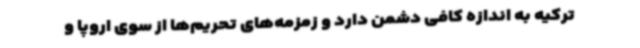
ترکیه به اندازه کافی دشمن دارد و زمزمه‌های تحریم‌ها از سوی اروپا و